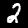
Label: 2